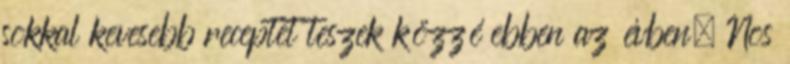
sokkal kevesebb receptet teszek közzé ebben az évben. Nos